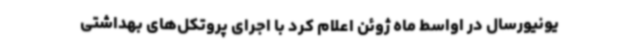
یونیورسال در اواسط ماه ژوئن اعلام کرد با اجرای پروتکل‌های بهداشتی